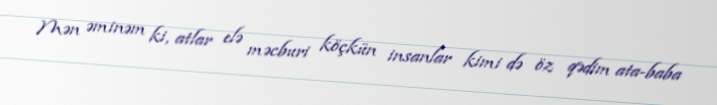
Mən əminəm ki, atlar elə məcburi köçkün insanlar kimi də öz qədim ata-baba